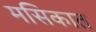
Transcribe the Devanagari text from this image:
मसिकात